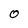
Character: O